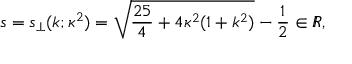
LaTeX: s = s _ { \perp } ( k ; \kappa ^ { 2 } ) = \sqrt { \frac { 2 5 } { 4 } + 4 \kappa ^ { 2 } ( 1 + k ^ { 2 } ) } - \frac 1 2 \in I \! \! R ,